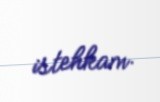
istehkam.